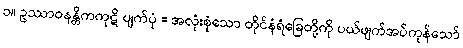
၁။ ဥဿာဝနန္တိကကုဋိ ပျက်ပုံ = အလုံးစုံသော တိုင်နံရံခြေတို့ကို ပယ်ဖျက်အပ်ကုန်သော်